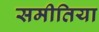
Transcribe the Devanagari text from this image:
समीतिया